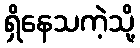
ရှိနေသကဲ့သို့